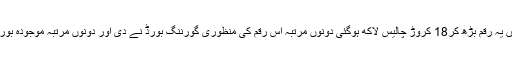
انھوں نے کہا کہ ابتدائی کام کاٹھیکہ14کروڑ میں دیاگیا تھا اور بعد میں یہ رقم بڑھ کر18 کروڑ چالیس لاکھ ہوگئی دونوں مرتبہ اس رقم کی منظوری گورننگ بورڈ نے دی اور دونوں مرتبہ موجودہ بورڈ کے چیئرمین اعجاز بٹ گورننگ بورڈ کے اجلاس میں شریک تھے ۔